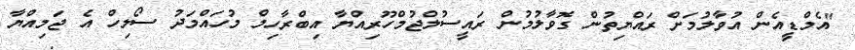
"އެމްޑީއެން އުވާލުމަށް ރައްޔިތުން ގޮވާލުމުން ރައީސުލްޖުމްހޫރިއްޔާ އިބްރާހިމް މުހައްމަދު ސޯލިހް އެ ޖަމިއްޔާ